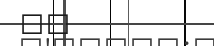
٨٥